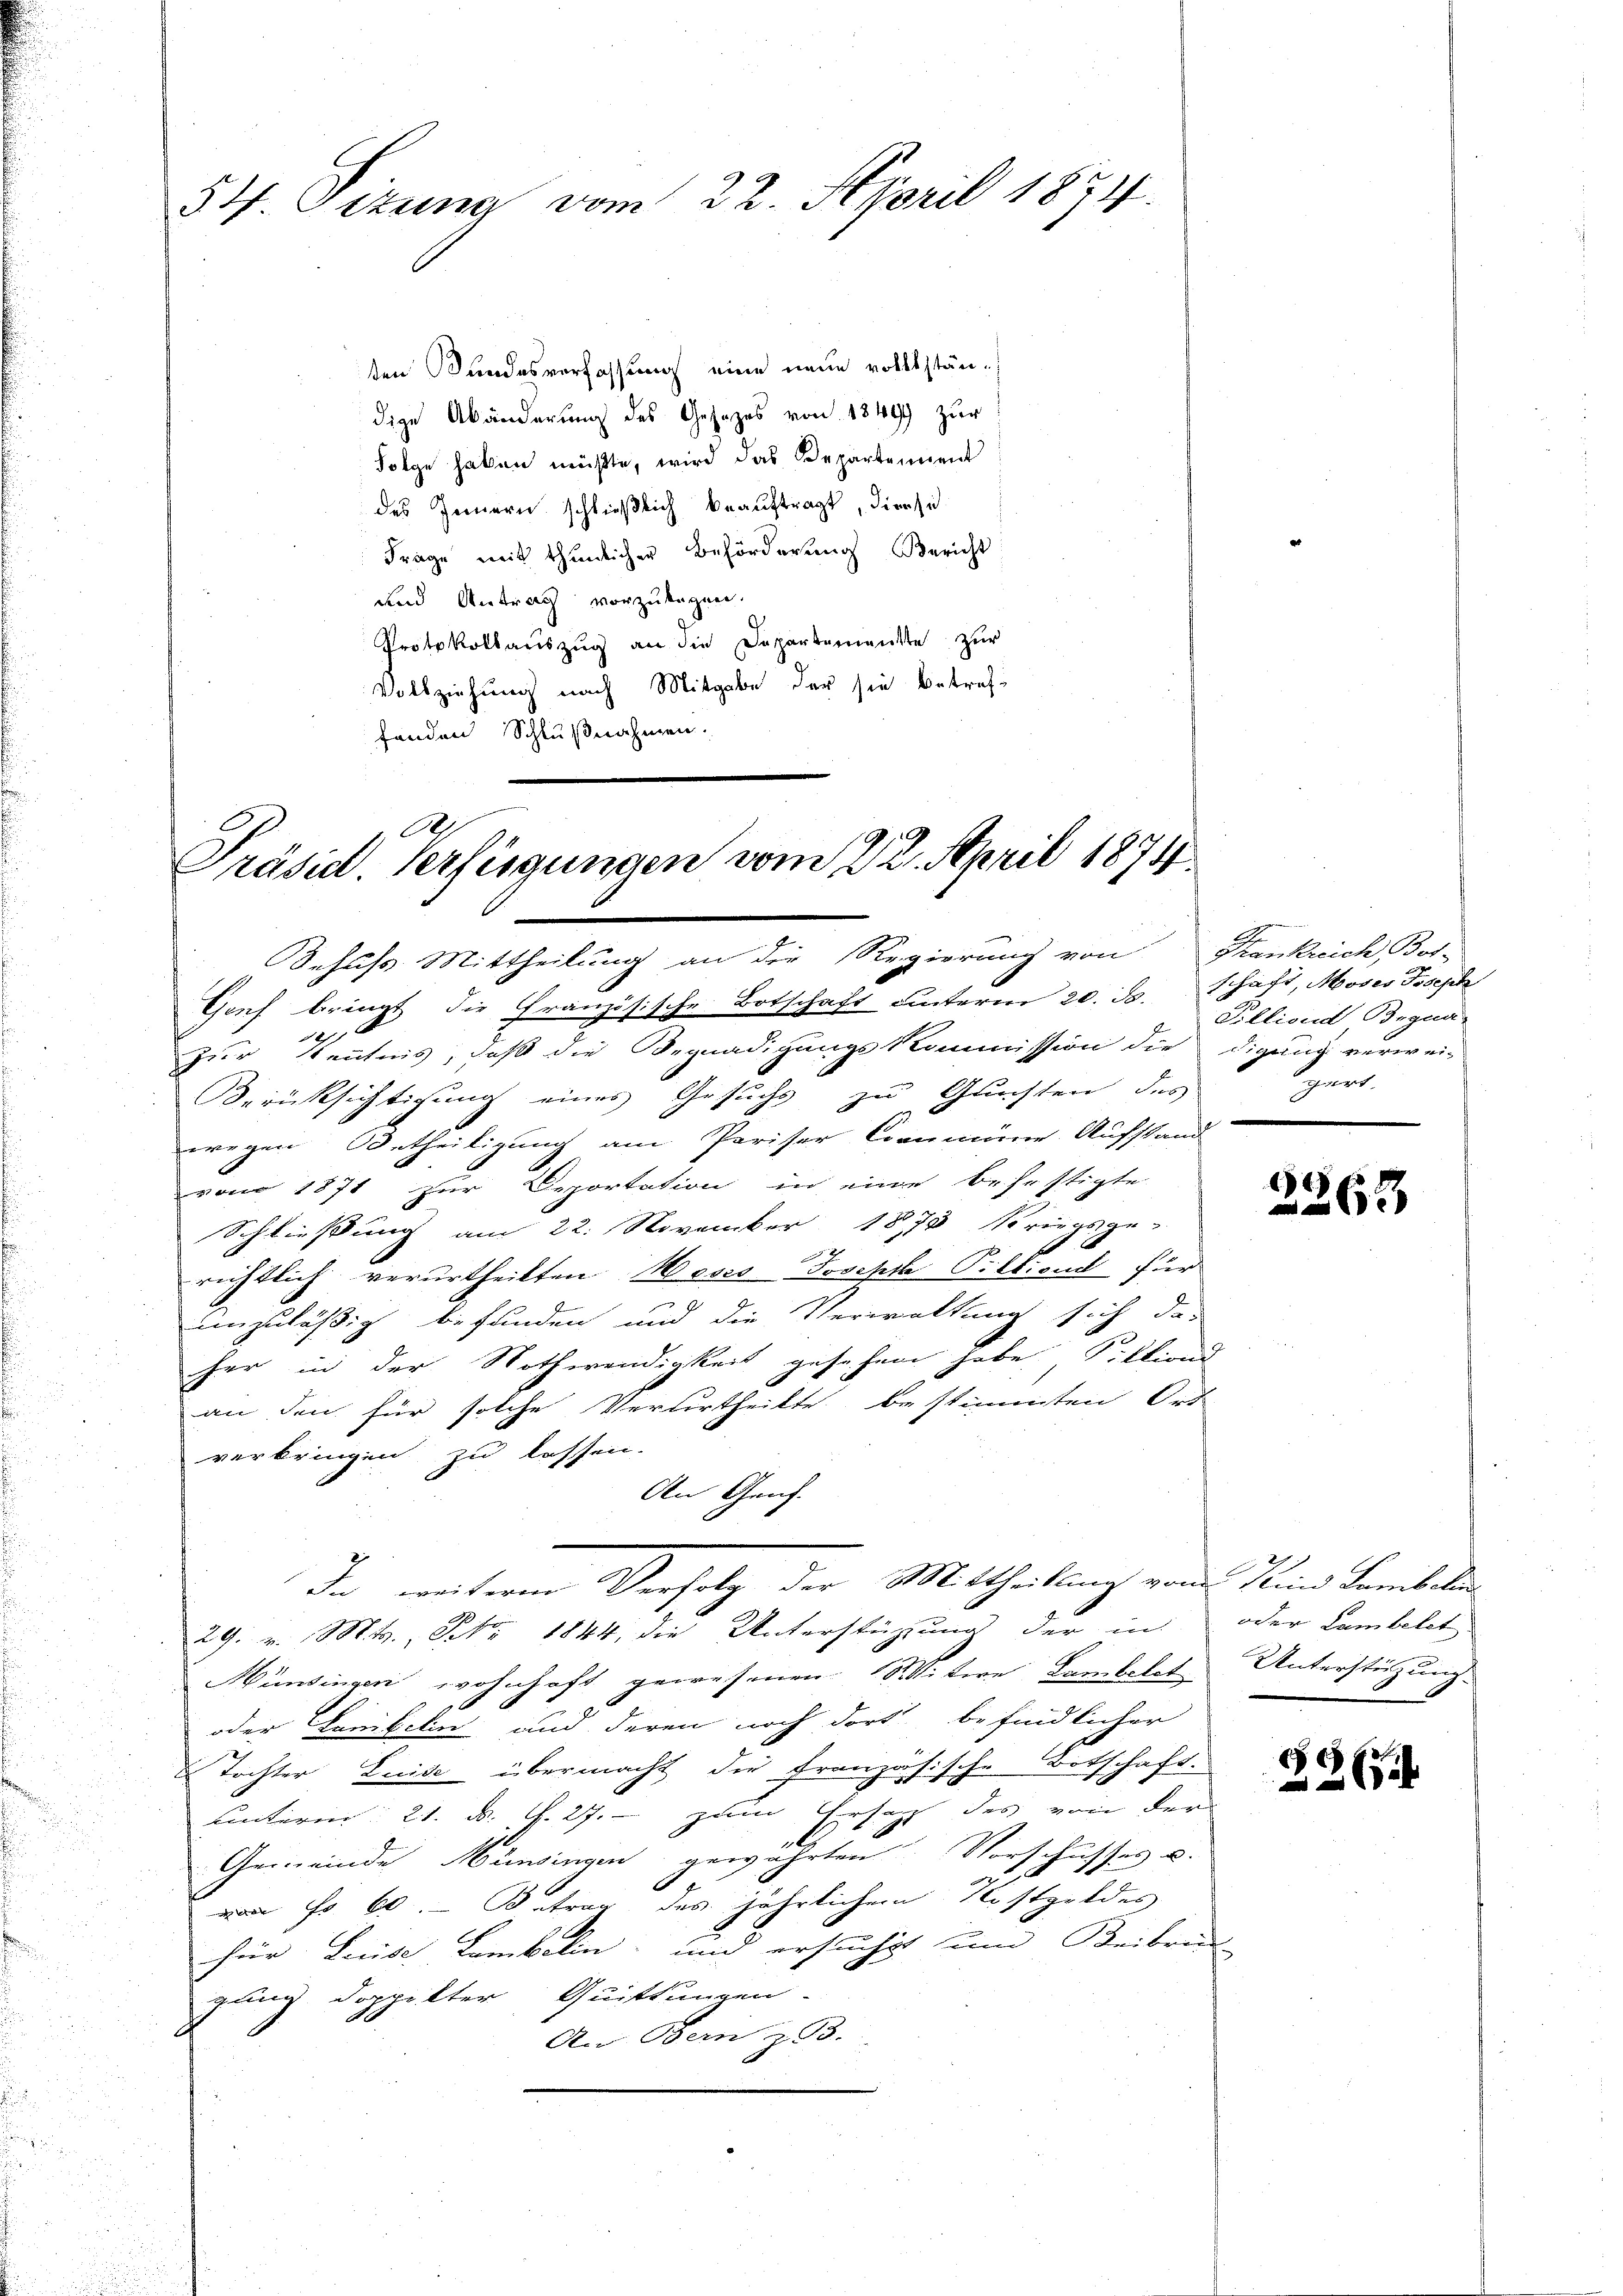
54. Eitung vom 22. April 1874.

ten Bundesverfassung eine neue vollständige Abänderung des Gesetzes von 1849 zur
Folge haben müßte, wird das Departement
des Innern schließlich beauftragt, die si
Frage mit thunlicher Beförderung Bericht
und Antrag vorzulegen.
Protokollauszug an die Departementste zur
Vollziehung nach Mitgabe der sie betreffenden Schlußnahmen.

Genf bringt die Französische Botschaft unterm 20. ds. schaft, Moses Joseph
1271
Zur Kenntnis, daß die Begnadigungskommission die digung verwei-
Berücksichtigung eines Gesuchs zu Gluchten des part
wegen Betheiligung am Pariser Cammene Aufstand
.
von 1871 zur Deportation in eine befestigte
Schließung am 22. November 1873 Kriegsge-
richtlich verurtheilten Hoses Joseph Pilliond für
einzuläßig befunden und die Verwaltung sich das
her in der Nothwendigkeit gesehen habe, Pilliond
.
an den für solche Verurtheilte bestimmten Ort
verbringen zu lassen.
An Genf.
In weitere Verfolg der Mittheilung von Kind Lembelan
29. Mts., Febr. 1844, die Unterstützung der in
Münsingen wohnhaft gewesenen Witwe Lambelat Unterstützung
oder Lanibeln und deren noch dort befindlicher
Tochter Luise übermacht die Französische Botschaft.
Conterm 21. d. d. 27. - zum Ersatz des von der
Gemeinde Hüningen gewährten Vorschusses u.
a
Fen
 Fr. 60. Betrag des jährlichen Kostgeldes
für Leeise Lambelin, und ersucht zum Beibrenn-
gung doppelter Quittungen.
An Bern z. B.

A
Präsid. Verfügungen vom 22. April 1874
Sehufs Mittheilung an der Regierung von Krankreich, Bot-

Pilliond Begna

2363

oder Lambetet.

2xx